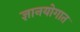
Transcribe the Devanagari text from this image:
ज्ञानयोगात